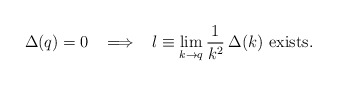
\begin{align*}\Delta(q)=0 \;\;\;\Longrightarrow\;\;\; l \equiv \lim_{k \to q}\frac{1}{k^2}\: \Delta(k) {\mbox{ exists}}. \end{align*}